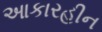
આકારહીન